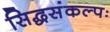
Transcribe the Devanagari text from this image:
सिद्धसंकल्पः